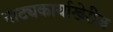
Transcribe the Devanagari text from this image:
नाट्यकार्याखेरीज